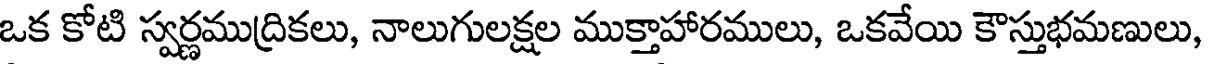
ఒక కోటి స్వర్ణముద్రికలు, నాలుగులక్షల ముక్తాహారములు, ఒకవేయి కౌస్తుభమణులు,